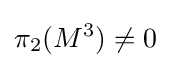
\pi _{2}(M^{3})\neq 0